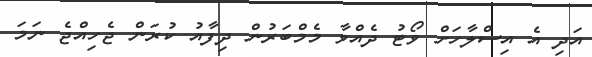
އަދި އެ އިސްލާހަށް ވޯޓު ދެއްވާ މެމްބަރުން ދިފާއު ކުރަން ޖެހިއްޖެ ނަމަ